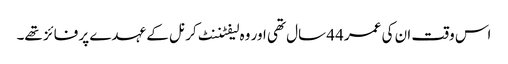
اس وقت ان کی عمر 44 سال تھی اور وہ لیفٹننٹ کرنل کے عہدے پر فائز تھے۔